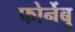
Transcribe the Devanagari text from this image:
फोर्नेबु